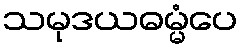
သမုဒယဓမ္မံပေ